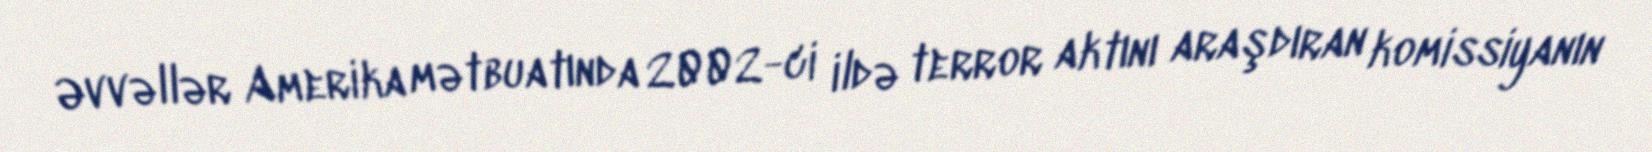
Əvvəllər Amerika mətbuatında 2002-ci ildə terror aktını araşdıran komissiyanın